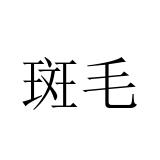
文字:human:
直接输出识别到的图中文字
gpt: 斑毛